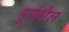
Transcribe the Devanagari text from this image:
पूर्वशैल